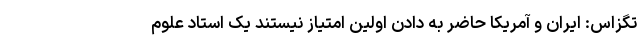
تگزاس: ایران و آمریکا حاضر به دادن اولین امتیاز نیستند یک استاد علوم